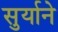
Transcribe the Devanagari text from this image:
सुर्याने